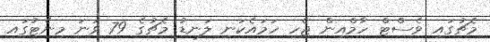
މެޗުގައި ވެސްޓް ހާމްއިން ޖެހި ހަމައެކަނި ލަނޑު މެޗުގެ 79 ވަނަ މިނެޓުގައި